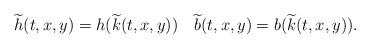
\begin{align*} \widetilde h(t,x,y)=h( \widetilde k(t,x,y))\quad \widetilde b(t,x,y)=b( \widetilde k(t,x,y)). \end{align*}